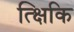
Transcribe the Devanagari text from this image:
त्क्षिकि